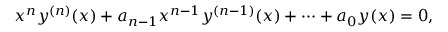
x ^ { n } y ^ { ( n ) } ( x ) + a _ { n - 1 } x ^ { n - 1 } y ^ { ( n - 1 ) } ( x ) + \cdots + a _ { 0 } y ( x ) = 0 ,